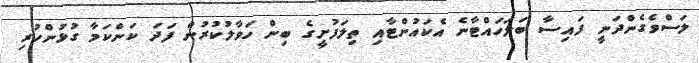
ލަސްވެގެންދަނީ ފައިސާ ބަލަހައްޓާނެ އެކައުންޓާއި ތިލަފުށީގެ ބިން ހަވާލުކުރުން ފަދަ ކަންކަމާ ގުޅުންހުރި